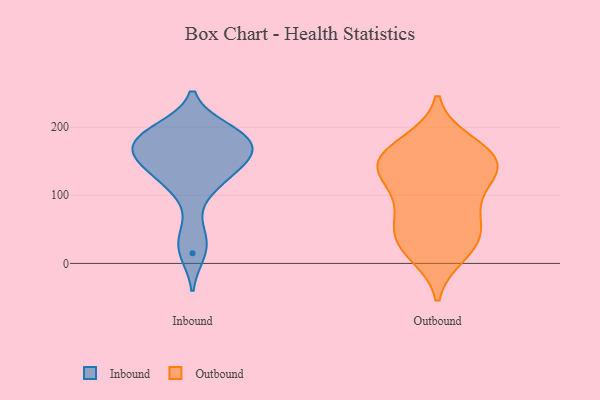
{"axis": {"x": "Tickets Resolved", "y": "Value"}, "legend": ["Inbound", "Outbound"], "data": [{"x": "", "y": 15, "type": "Inbound"}, {"x": "", "y": 108, "type": "Inbound"}, {"x": "", "y": 141, "type": "Inbound"}, {"x": "", "y": 172, "type": "Inbound"}, {"x": "", "y": 169, "type": "Inbound"}, {"x": "", "y": 153, "type": "Inbound"}, {"x": "", "y": 197, "type": "Inbound"}, {"x": "", "y": 126, "type": "Inbound"}, {"x": "", "y": 195, "type": "Inbound"}, {"x": "", "y": 152, "type": "Inbound"}, {"x": "", "y": 40, "type": "Inbound"}, {"x": "", "y": 179, "type": "Inbound"}, {"x": "", "y": 184, "type": "Inbound"}, {"x": "", "y": 80, "type": "Outbound"}, {"x": "", "y": 46, "type": "Outbound"}, {"x": "", "y": 138, "type": "Outbound"}, {"x": "", "y": 137, "type": "Outbound"}, {"x": "", "y": 20, "type": "Outbound"}, {"x": "", "y": 111, "type": "Outbound"}, {"x": "", "y": 132, "type": "Outbound"}, {"x": "", "y": 155, "type": "Outbound"}, {"x": "", "y": 155, "type": "Outbound"}, {"x": "", "y": 36, "type": "Outbound"}, {"x": "", "y": 177, "type": "Outbound"}, {"x": "", "y": 146, "type": "Outbound"}, {"x": "", "y": 169, "type": "Outbound"}, {"x": "", "y": 14, "type": "Outbound"}, {"x": "", "y": 46, "type": "Outbound"}, {"x": "", "y": 78, "type": "Outbound"}]}